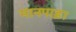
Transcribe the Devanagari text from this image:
मानपाड़ा